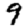
Digit: 9